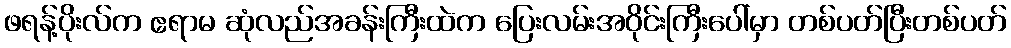
ဖရန့်ပိုးလ်က ဧရာမ ဆုံလည်အခန်းကြီးထဲက ပြေးလမ်းအဝိုင်းကြီးပေါ်မှာ တစ်ပတ်ပြီးတစ်ပတ်